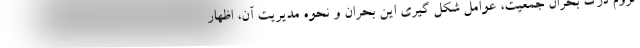
لزوم درک بحران جمعیت، عوامل شکل گیری این بحران و نحوه مدیریت آن، اظهار